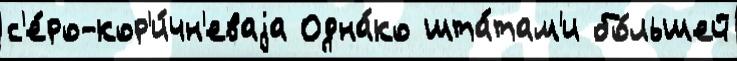
с'е́ро-кор'и́чн'еваjа Одна́ко шта́там'и бо́льшей